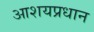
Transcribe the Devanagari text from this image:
आशयप्रधान